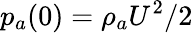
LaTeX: p_{a}(0)={\rho_{a}U^{2}/2}